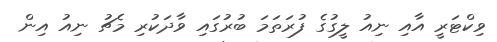
ވިކްޓަރީ އާއި ނިއު ލީގުގެ ފުރަތަމަ ބުރުގައި ވާދަކުރި މެޗު ނިއު އިން